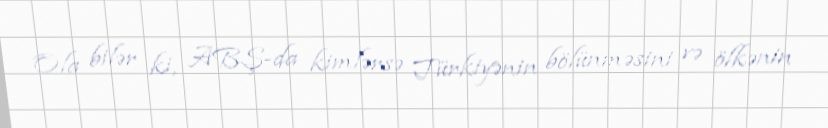
Ola bilər ki, ABŞ-da kimlərsə Türkiyənin bölünməsini və ölkənin